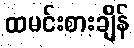
ထမင်းစားချိန်